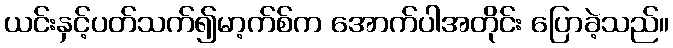
ယင်းနှင့်ပတ်သက်၍မာ့က်စ်က အောက်ပါအတိုင်း ပြောခဲ့သည်။